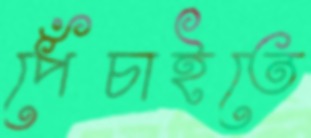
পেঁচাইতে